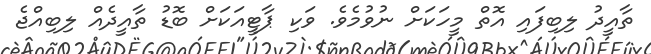
ތާއީދު ލިބިފައި އޮތް މީހަކަށް ނުވުމެވެ. ވަކި ޕާޓީއަކަށް ބޮޑު ތާއީދެއް ލިބިއްޖެ